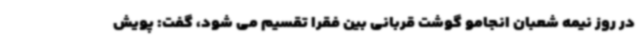
در روز نیمه شعبان انجامو گوشت قربانی بین فقرا تقسیم می شود، گفت: پویش